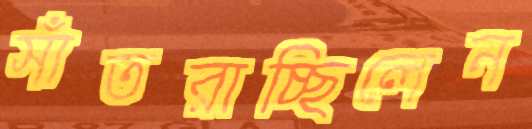
সাঁতরাচ্ছিলেন